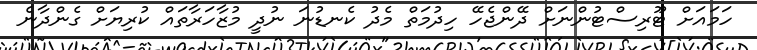
ހަމައަށް ޓޫރިސްޓުންނަށް ދޭންޖެހޭ ހިދުމަތް މެދު ކެނޑުނަ ނުދީ މުޒާހަރާތައް ކުރިޔަށް ގެންދާނެ